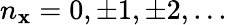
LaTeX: n_{\mathbf{x}}=0,\pm1,\pm2,...